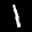
Label: 1